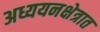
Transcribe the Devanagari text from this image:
अध्ययनक्षेत्रात